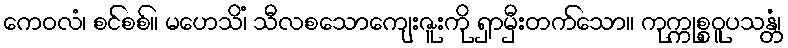
ကေဝလံ၊ စင်စစ်။ မဟေသိံ၊ သီလစသောကျေးဇူးကို ရှာမှီးတက်သော။ ကုက္ကုစ္စဝူပသန္တံ၊